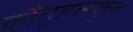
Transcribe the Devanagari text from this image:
कौतूहलकृत